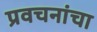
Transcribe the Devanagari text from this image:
प्रवचनांचा